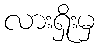
လားရှိုးမှ